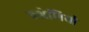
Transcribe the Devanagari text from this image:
क्श्रेणियो